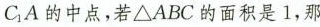
C_{1}A的中点，若△ABC的面积是1，那